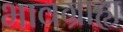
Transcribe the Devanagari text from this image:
भावग्राह्य